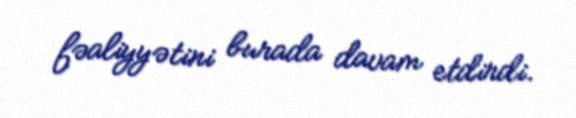
fəaliyyətini burada davam etdirdi.